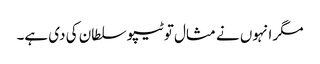
مگر انہوں نے مثال تو ٹیپو سلطان کی دی ہے۔